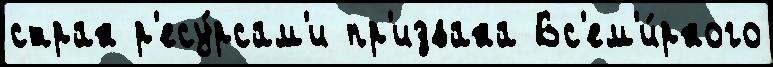
стран р'есу́рсам'и пр'извана Вс'ем'и́рного